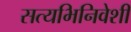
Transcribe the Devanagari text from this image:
सत्यभिनिवेशी